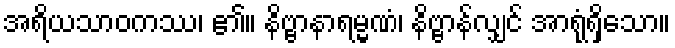
အရိယသာဝကဿ၊ ၏။ နိဗ္ဗာနာရမ္မဏံ၊ နိဗ္ဗာန်လျှင် အာရုံရှိသော။